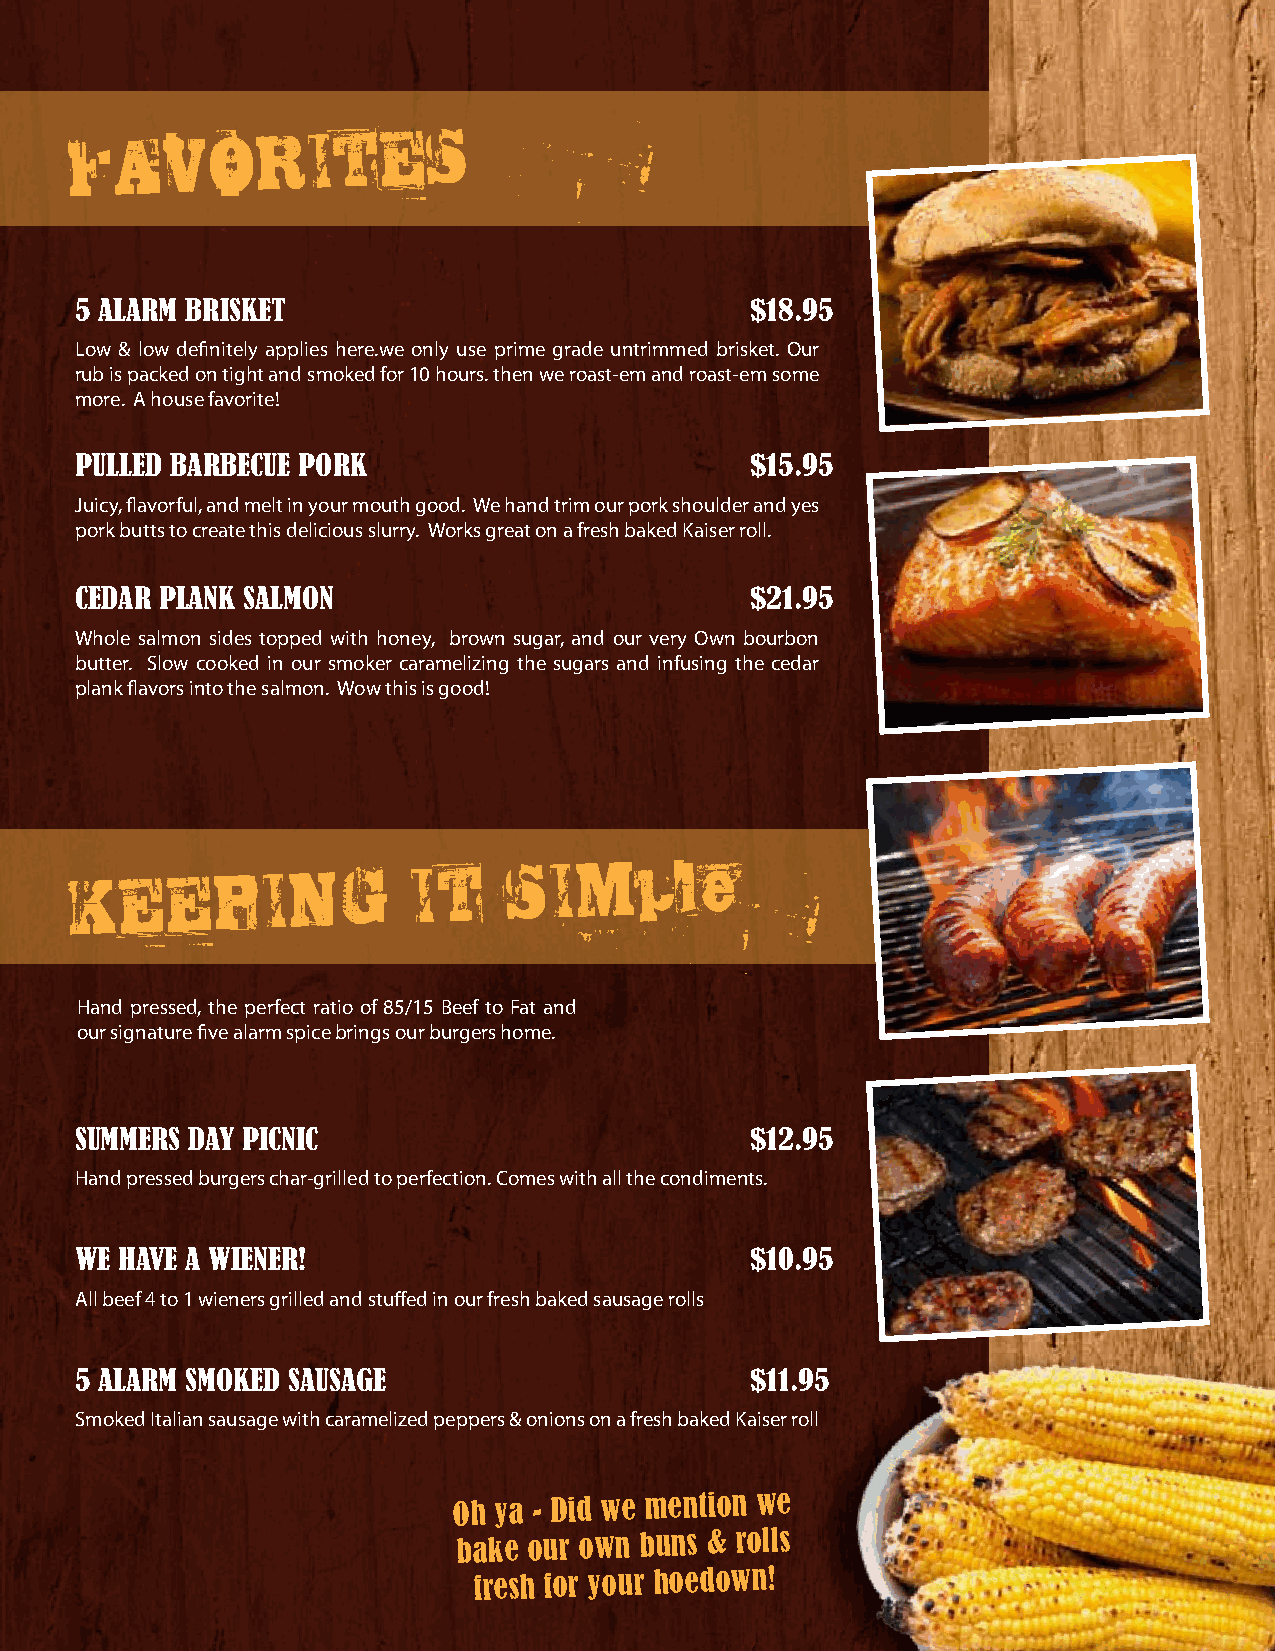
FAVORITES
 5 alarm brisket                              $18.95
 Low & low definitely applies here.we only use prime grade untrimmed brisket. Our
 rub is packed on tight and smoked for 10 hours. then we roast-em and roast-em some
 more. A house favorite!
 PulleD barbecue Pork                         $15.95
 Juicy, flavorful, and melt in your mouth good. We hand trim our pork shoulder and yes
 pork butts to create this delicious slurry. Works great on a fresh baked Kaiser roll.
 ceDar Plank salmon                           $21.95
 Whole salmon sides topped with honey, brown sugar, and our very Own bourbon
 butter. Slow cooked in our smoker caramelizing the sugars and infusing the cedar
 plank flavors into the salmon. Wow this is good!
 KEEPING               IT
 SIMple
 Hand pressed, the perfect ratio of 85/15 Beef to Fat and
 our signature five alarm spice brings our burgers home.
 summers Day Picnic                           $12.95
 Hand pressed burgers char-grilled to perfection. Comes with all the condiments.
 We have a Wiener!                            $10.95
 All beef 4 to 1 wieners grilled and stuffed in our fresh baked sausage rolls
 5 alarm smokeD sausage                       $11.95
 Smoked Italian sausage with caramelized peppers & onions on a fresh baked Kaiser roll
 oh ya - Did we mention we
 bake our own buns & rolls
 fresh for your hoedown!